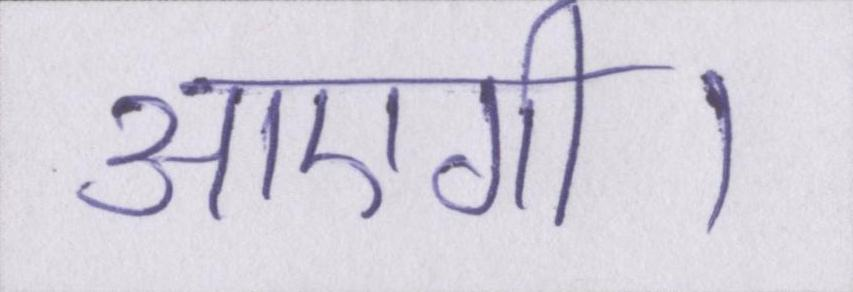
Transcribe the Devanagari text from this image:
आएगी।